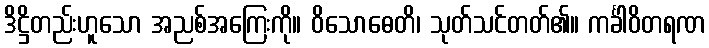
ဒိဋ္ဌိတည်းဟူသော အညစ်အကြေးကို။ ဝိသောဓေတိ၊ သုတ်သင်တတ်၏။ ကင်္ခါဝိတရဏ